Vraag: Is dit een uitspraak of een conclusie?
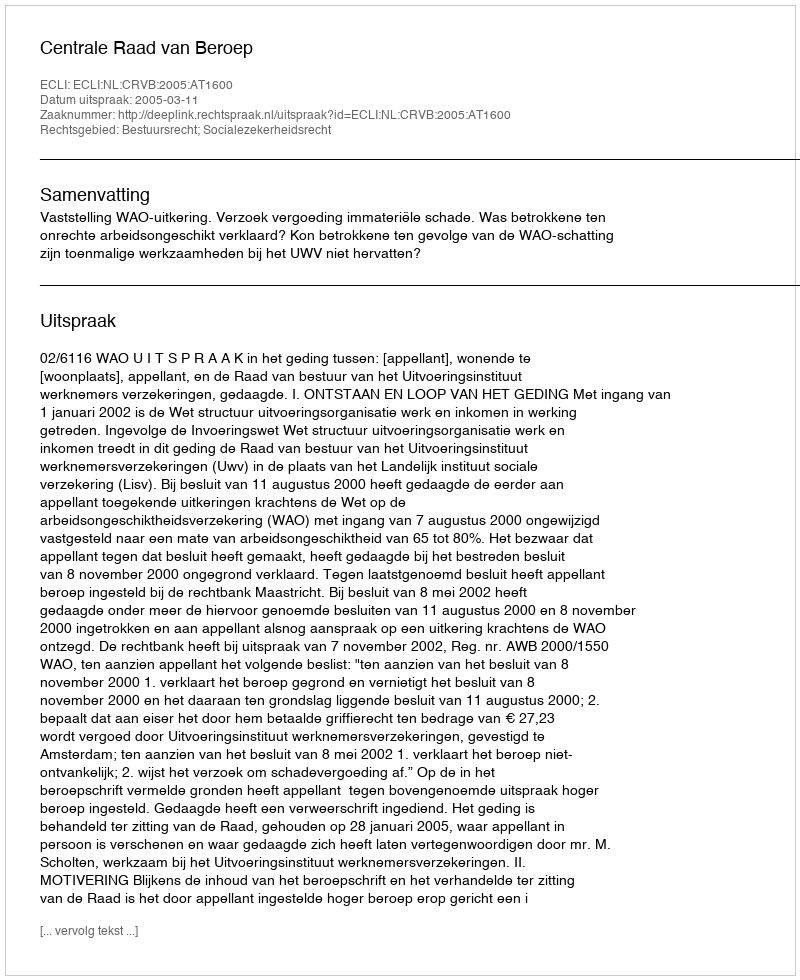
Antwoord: Uitspraak